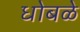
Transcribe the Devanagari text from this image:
धोबळे